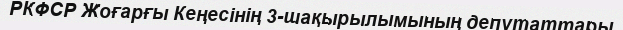
РКФСР Жоғарғы Кеңесінің 3-шақырылымының депутаттары